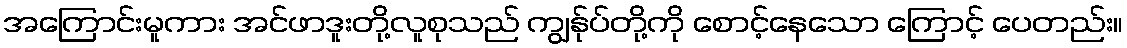
အကြောင်းမူကား အင်ဖာဒူးတို့လူစုသည် ကျွန်ုပ်တို့ကို စောင့်နေသော ကြောင့် ပေတည်း။